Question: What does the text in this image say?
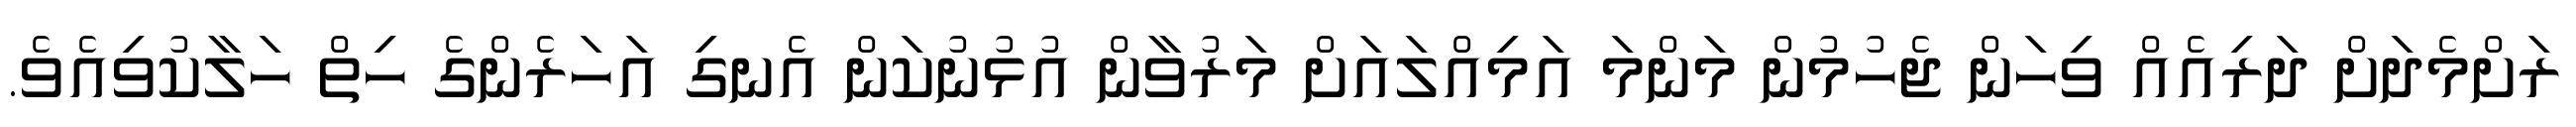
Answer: ރަށްމެދަށް ދަރިއެއް ވިހަން ޖެހުމުން މަންމަ އަމިއްލައަށް މަރުވާން އުޅުނުކަން އެނގި އަހަރެންގެ ހިތް ހަލާކުވިއެވެ.